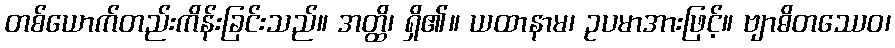
တစ်ယောက်တည်းကိန်းခြင်းသည်။ အတ္ထိ၊ ရှိ၏။ ယထာနာမ၊ ဥပမာအားဖြင့်။ ဗျာဓိတဿေဝ၊